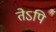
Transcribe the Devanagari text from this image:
तेऽपि